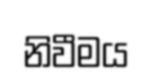
නිවීමය